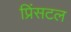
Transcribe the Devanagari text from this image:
प्रिंसटल